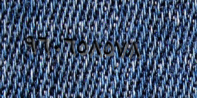
٩٦٠٦٥٨٥٧٨